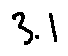
3 . 1